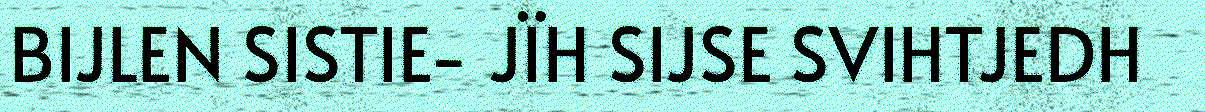
BIJLEN SISTIE- JÏH SIJSE SVIHTJEDH